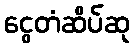
ငွေတံဆိပ်ဆု